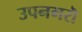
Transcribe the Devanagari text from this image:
उपनगरॊ